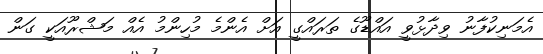
އެމަނިކުފާނު ވިދާޅުވީ އައްޑޫގެ ތަރައްގީ އަށް އެންމެ މުހިންމު އެއް މަޝްރޫއަކީ ގަން